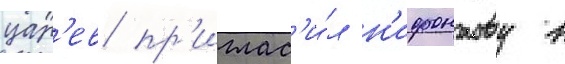
цар'ев пр'иглас'и́л н'ифонтову в